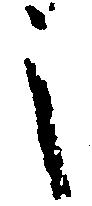
之